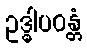
ဥဒ္ဓါပဝန္တံ